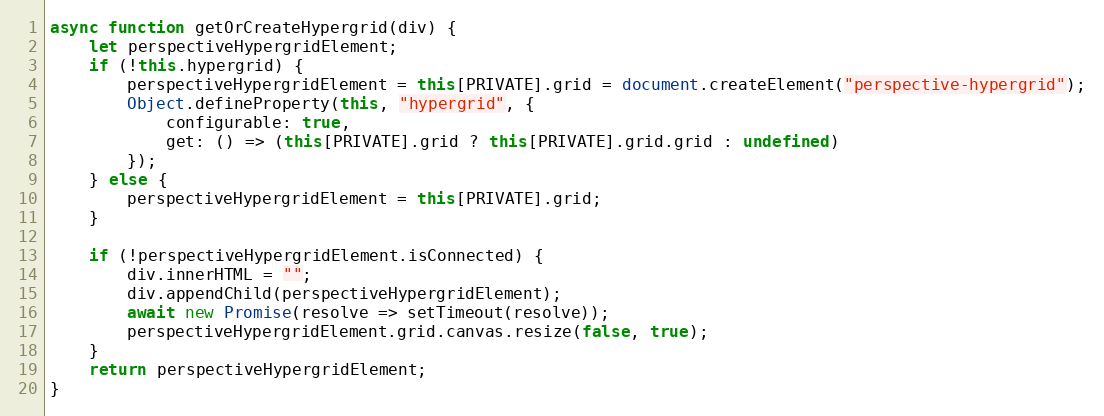
Language: JavaScript
async function getOrCreateHypergrid(div) {
    let perspectiveHypergridElement;
    if (!this.hypergrid) {
        perspectiveHypergridElement = this[PRIVATE].grid = document.createElement("perspective-hypergrid");
        Object.defineProperty(this, "hypergrid", {
            configurable: true,
            get: () => (this[PRIVATE].grid ? this[PRIVATE].grid.grid : undefined)
        });
    } else {
        perspectiveHypergridElement = this[PRIVATE].grid;
    }

    if (!perspectiveHypergridElement.isConnected) {
        div.innerHTML = "";
        div.appendChild(perspectiveHypergridElement);
        await new Promise(resolve => setTimeout(resolve));
        perspectiveHypergridElement.grid.canvas.resize(false, true);
    }
    return perspectiveHypergridElement;
}